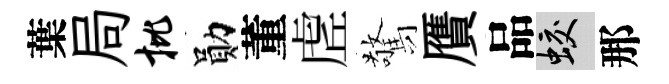
葉局批勛董虗驚贋品蛟那